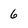
Character: 6